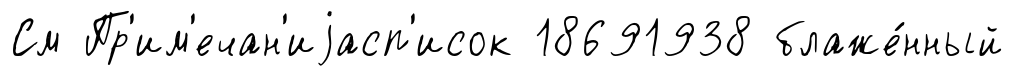
См Пр'им'ечан'иjасп'исок 18691938 блаже́нный